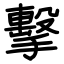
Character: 擊